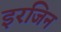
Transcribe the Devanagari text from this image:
इरजिन